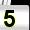
Digit: 5